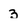
Character: 3